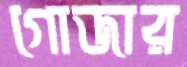
গোজার